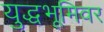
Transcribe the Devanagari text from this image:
युद्धभूमिवर